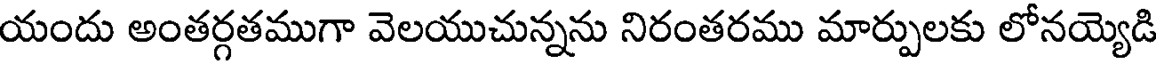
యందు అంతర్గతముగా వెలయుచున్నను నిరంతరము మార్పులకు లోనయ్యెడి